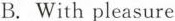
B. With pleasure